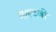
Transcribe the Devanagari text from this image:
माल्टबी